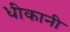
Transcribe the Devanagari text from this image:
धीकानी